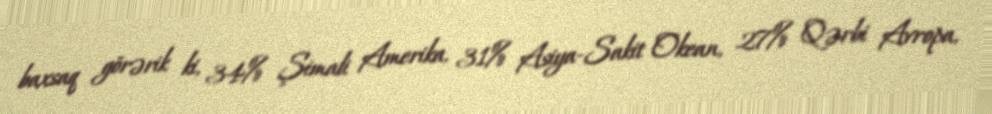
baxsaq görərik ki, 34% Şimali Amerika, 31% Asiya-Sakit Okean, 27% Qərbi Avropa,